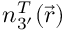
n _ { 3 ^ { \prime } } ^ { T } ( \vec { r } )